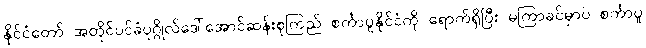
နိုင်ငံတော် အတိုင်ပင်ခံပုဂ္ဂိုလ်ဒေါ်အောင်ဆန်းစုကြည် စင်္ကာပူနိုင်ငံကို ရောက်ရှိပြီး မကြာခင်မှာပဲ စင်္ကာပူ